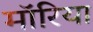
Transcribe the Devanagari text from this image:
मॉरिया